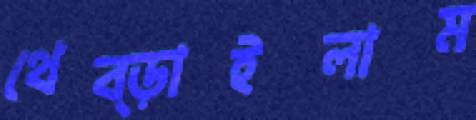
থেব্‌ড়াইলাম